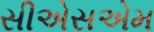
સીએસએમ